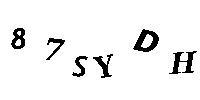
87SYDH